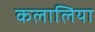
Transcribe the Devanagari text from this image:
कलालिया